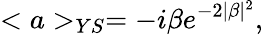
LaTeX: <a>_{YS}=-i\beta e^{-2\mid\beta\mid^{2}},